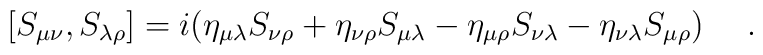
[S_{\mu \nu},S_{\lambda \rho}] = i(\eta _{\mu \lambda}S_{\nu \rho} +\eta _{\nu \rho}S_{\mu \lambda} - \eta _{\mu \rho}S_{\nu \lambda}-\eta _{\nu \lambda}S_{\mu \rho})~~~~.